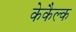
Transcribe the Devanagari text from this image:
केकैल्क